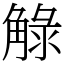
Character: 觮